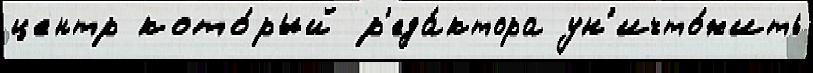
центр кото́рый р'еда́ктора ун'ичто́жить